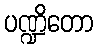
ပဏ္ဍိတော